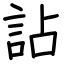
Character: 詀